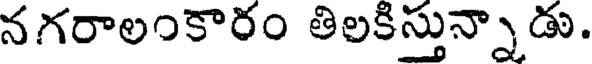
నగరాలంకారం తిలకిస్తున్నాడు.